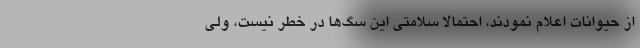
از حیوانات اعلام نمودند، احتمالاً سلامتی این سگ‌ها در خطر نیست، ولی